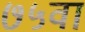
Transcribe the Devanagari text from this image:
७५वां